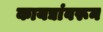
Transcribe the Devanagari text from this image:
कायद्यांवरून